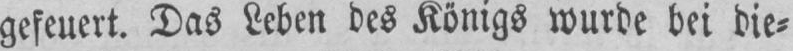
gefeuert. Das Leben des Königs wurde bei die⸗